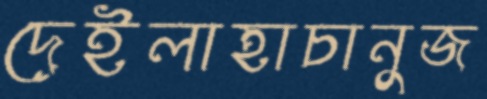
দেইলাহাচানুজ